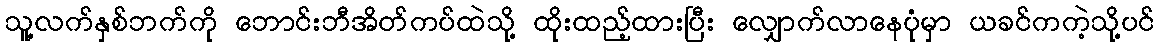
သူ့လက်နှစ်ဘက်ကို ဘောင်းဘီအိတ်ကပ်ထဲသို့ ထိုးထည့်ထားပြီး လျှောက်လာနေပုံမှာ ယခင်ကကဲ့သို့ပင်